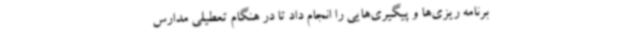
برنامه ریزی‌ها و پیگیری‌هایی را انجام داد تا در هنگام تعطیلی مدارس